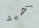
لصيد